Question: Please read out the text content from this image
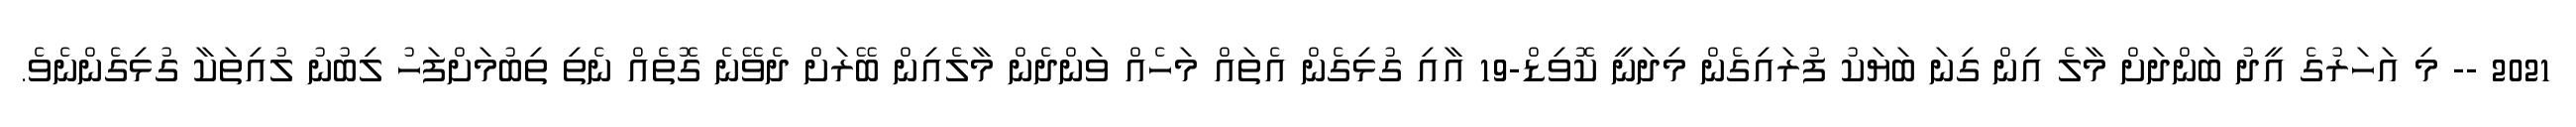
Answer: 2021 -- މި އަހަރުގެ އީދު ބަންދަށް މާލެ އިން ގިނަ ބަޔަކު ފުރައިގެން މިދަނީ ކޮވިޑް-19 އާއި ގުޅިގެން އެތައް މަހެއް ވަންދެން މާލެއިން ބޭރަށް ދެވޭނެ ގޮތެއް ނެތި ތިބުމަށްފަހު ލިބުނު ލުއިތަކާ ގުޅިގެންނެވެ.